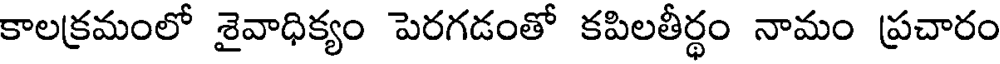
కాలక్రమంలో శైవాధిక్యం పెరగడంతో కపిలతీర్థం నామం ప్రచారం